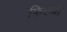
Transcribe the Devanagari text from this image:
फिल्थी